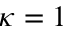
\kappa = 1